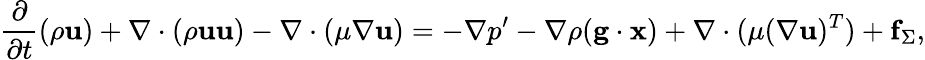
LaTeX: \frac{\partial}{\partial t}(\rho\mathbf{u})+\nabla\cdot(\rho\mathbf{u}\mathbf{u})-\nabla\cdot(\mu\nabla\mathbf{u})=-\nabla p^{\prime}-\nabla\rho(\mathbf{g}\cdot\mathbf{x})+\nabla\cdot(\mu(\nabla\mathbf{u})^{T})+\mathbf{f}_{\Sigma},